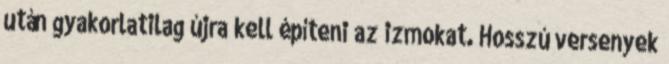
után gyakorlatilag újra kell építeni az izmokat. Hosszú versenyek